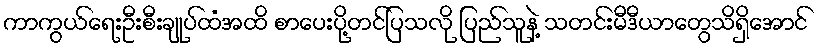
ကာကွယ်ရေးဦးစီးချုပ်ထံအထိ စာပေးပို့တင်ပြသလို ပြည်သူနဲ့ သတင်းမီဒီယာတွေသိရှိအောင်